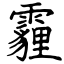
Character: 霾